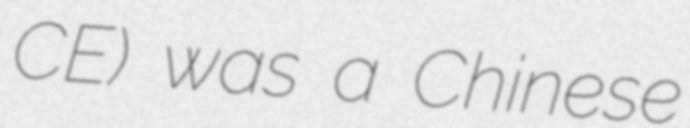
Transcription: CE) was a Chinese